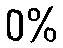
0%